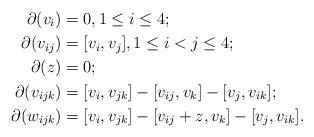
LaTeX: \begin{align*}\partial (v_i)&=0,1\leq i\leq 4;\\\partial (v_{ij})&=[v_i, v_j],1\leq i<j \leq 4;\\\partial (z)&=0;\\\partial(v_{ijk})&=[v_i, v_{jk}]-[v_{ij}, v_k]-[v_j, v_{ik}];\\\partial(w_{ijk})&=[v_i, v_{jk}]-[v_{ij}+z, v_k]-[v_j, v_{ik}].\\\end{align*}